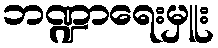
ဘဏ္ဍာရေးမှူး